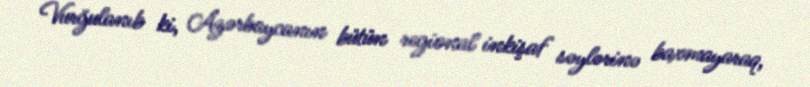
Vurğulanıb ki, Azərbaycanın bütün regional inkişaf səylərinə baxmayaraq,